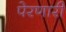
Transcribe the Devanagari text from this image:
पेरणारी